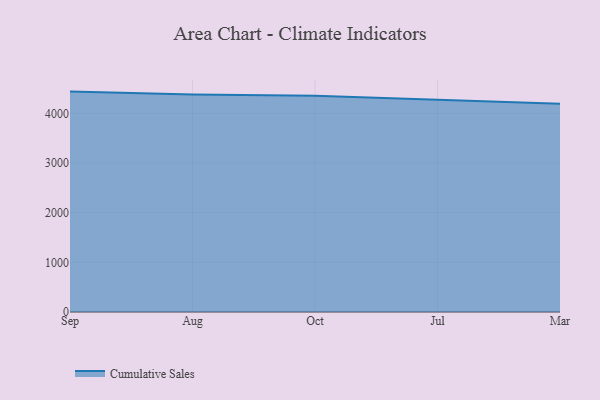
{"axis": {"x": "Month", "y": "Humidity (%)"}, "legend": ["Cumulative Sales"], "data": [{"x": "Sep", "y": 4437.8, "type": "Cumulative Sales"}, {"x": "Aug", "y": 4377.4, "type": "Cumulative Sales"}, {"x": "Oct", "y": 4356.5, "type": "Cumulative Sales"}, {"x": "Jul", "y": 4268.4, "type": "Cumulative Sales"}, {"x": "Mar", "y": 4191.3, "type": "Cumulative Sales"}]}